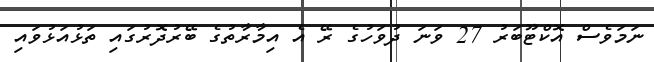
ނަމަވެސް އޮކްޓޫބަރު 27 ވަނަ ދުވަހުގެ ރޭ އެ އިމާރާތުގެ ބޭރުދޮރުގައި ތަޅުއަޅުވައި